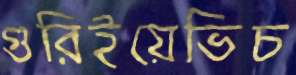
গুরিইয়েভিচ